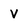
Character: v